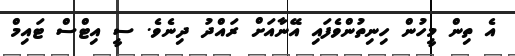
އެ ތިން މީހުން ހިނިތުންވެފައި އޭނާއަށް ރައްދު ދިނެވެ. ސީ އިޓްސް ޓައިމް